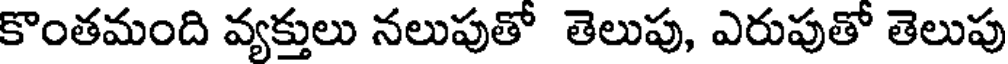
కొంతమంది వ్యక్తులు నలుపుతో తెలుపు, ఎరుపుతో తెలుపు